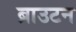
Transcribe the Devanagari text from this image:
ब्राउटन